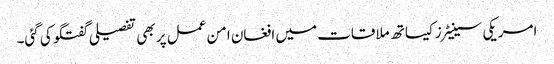
امریکی سینیٹرز کیساتھ ملاقات میں افغان امن عمل پر بھی تفصیلی گفتگو کی گئی۔